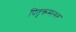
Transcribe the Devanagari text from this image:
पितृक्रमागत